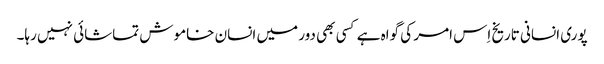
پوری انسانی تاریخ اِس امر کی گواہ ہے کسی بھی دور میں انسان خاموش تماشائی نہیں رہا۔